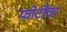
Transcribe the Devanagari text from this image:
फोटोंवर